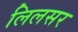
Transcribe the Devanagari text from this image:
लिलसर